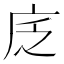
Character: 𢇫